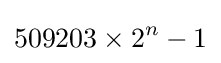
509203\times 2^{n}-1